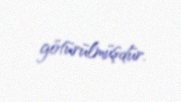
götürülmüşdür.